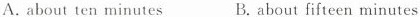
A. about ten minutes B. about fifteen minutes